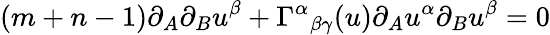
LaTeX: (m+n-1)\partial_{A}\partial_{B}u^{\beta}+\Gamma^{\alpha}{}_{\beta\gamma}(u)\partial_{A}u^{\alpha}\partial_{B}u^{\beta}=0